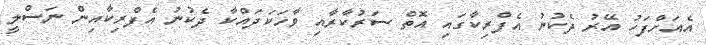
އެއަށްފަހު އޭރު ދެކުނު އެފްރިކާގައި އޮތް ސަރުކާރާއި ވާހަކަދައްކާ ދެކުނު އެފްރިކާއިން ނަސްލީ